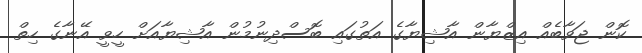
ކޮން ޖަވާބެއް އިޒްޔާން އާޝިޔާގެ އަތުގައި ބޮސްދިނުމުން އާޝިޔާއަށް ހީވީ އޭނާގެ ހިތް